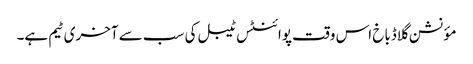
مؤنشن گلاڈباخ اس وقت پوائنٹس ٹیبل کی سب سے آخری ٹیم ہے۔